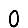
Digit: 0